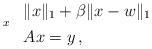
LaTeX: \begin{align*}\begin{array}[t]{ll}\underset{x}{} & \|x\|_1 + \beta \|x - w\|_1 \\ & Ax = y\,, \end{array} \end{align*}